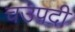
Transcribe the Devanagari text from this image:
चउपदी